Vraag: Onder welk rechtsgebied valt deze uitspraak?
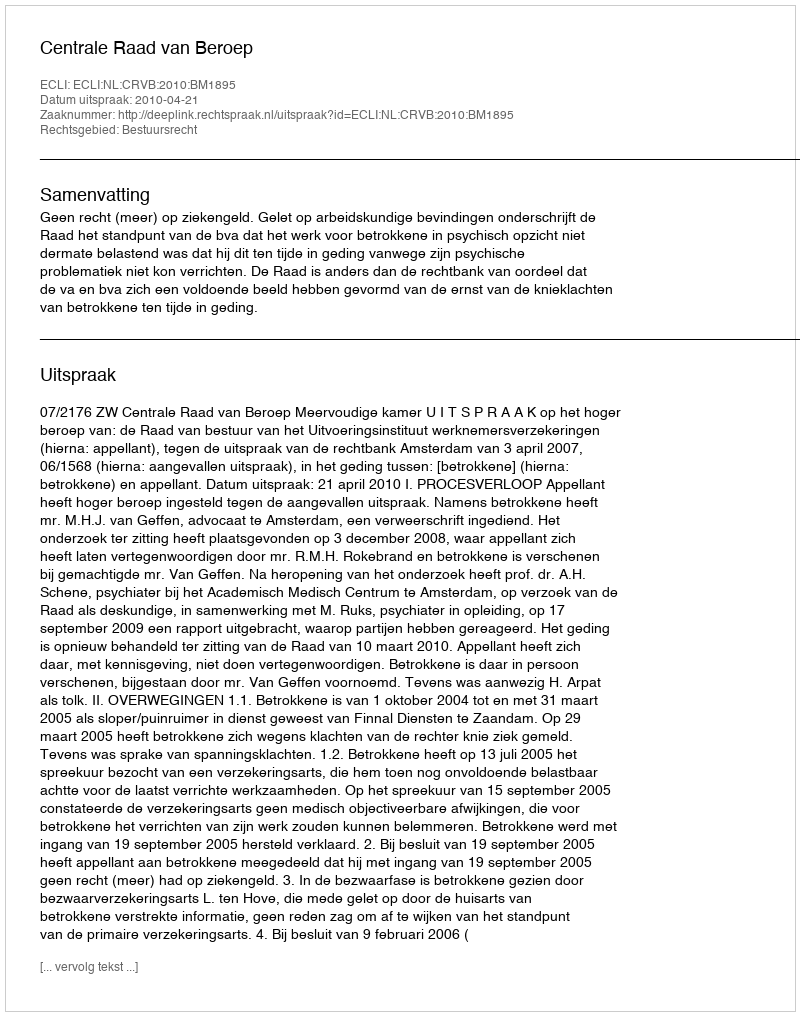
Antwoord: Bestuursrecht